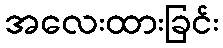
အလေးထားခြင်း